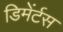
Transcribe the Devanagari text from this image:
डिमेंर्टस